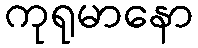
ကုရုမာနော